Lunatic asylums United Provinces 1909-1921 - 1909-1921
Year: 1909
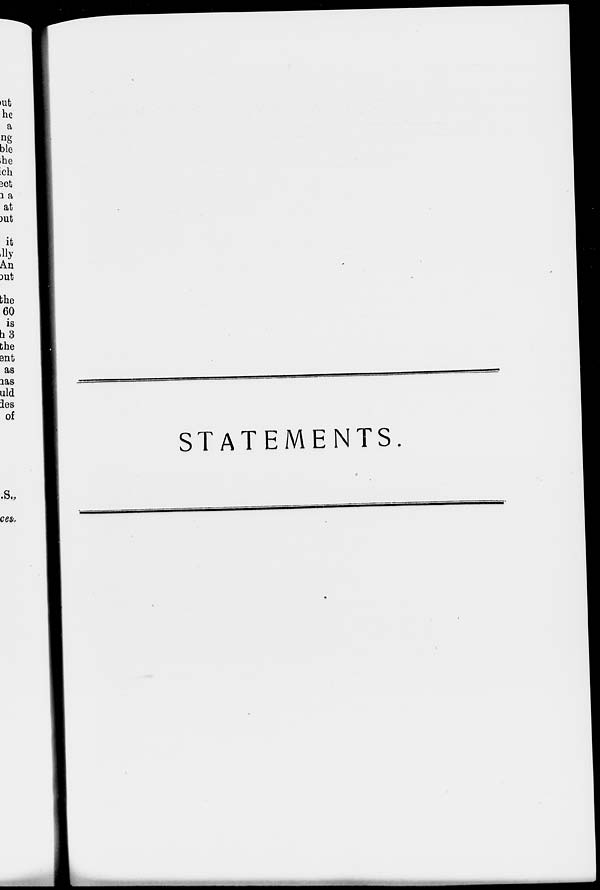
STATEMENTS.